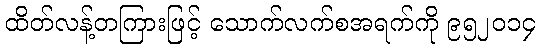
ထိတ်လန့်တကြားဖြင့် သောက်လက်စအရက်ကို ၉၅၂၀၁၄